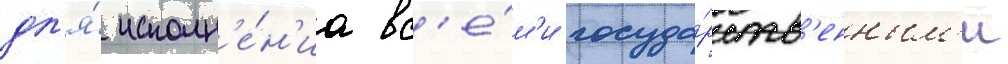
дл'я́ исполн'е́н'иа вс'е́м'и госуда́рств'енным'и